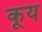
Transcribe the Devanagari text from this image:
कूय